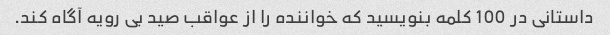
داستانی در 100 کلمه بنویسید که خواننده را از عواقب صید بی رویه آگاه کند.